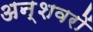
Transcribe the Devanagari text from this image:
अन्शवरों